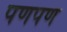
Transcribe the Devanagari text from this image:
पणपण